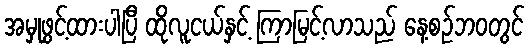
အမှုဖွင့်ထားပါပြီ ထိုလူငယ်နှင့် ကြာမြင့်လာသည် နေ့စဉ်ဘ၀တွင်